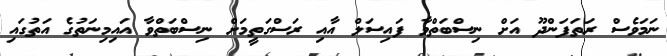
ނަމަވެސް ރަތަފަންދޫ އަށް ނިސްބަތްވާ ފައިސަލް އާއި ރަސްގަތީމަށް ނިސްބަތްވާ އައިމިނަތުގެ އަތުގައި